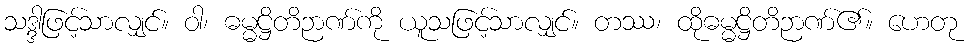
သဒ္ဒါဖြင့်သာလျှင်။ ဝါ၊ ဓမ္မဋ္ဌိတိဉာဏ်ကို ယူသဖြင့်သာလျှင်။ တဿ၊ ထိုဓမ္မဋ္ဌိတိဉာဏ်၏။ ဟေတု